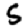
Digit: 5